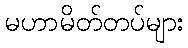
မဟာမိတ်တပ်များ